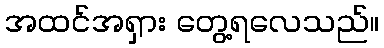
အထင်အရှား တွေ့ရလေသည်။